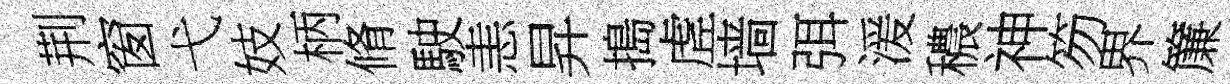
荆窗弋妓柄脩駛恚昇搗虗墙弭湲穠神笏界簾